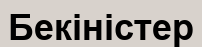
Бекіністер